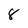
Character: 8